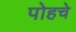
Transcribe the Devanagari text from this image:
पोहचे